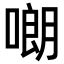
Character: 𠻴